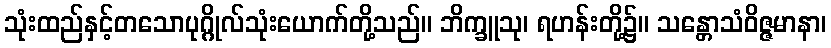
သုံးထည်နှင့်တသောပုဂ္ဂိုလ်သုံးယောက်တို့သည်။ ဘိက္ခူသု၊ ရဟန်းတို့၌။ သန္တောသံဝိဇ္ဇမာနာ၊